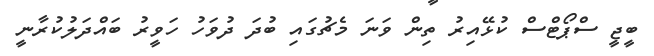
ބީޖީ ސްޕޯޓްސް ކުޅޭއިރު ތިން ވަނަ މެޗުގައި ބުދަ ދުވަހު ހަވީރު ބައްދަލުކުރާނީ